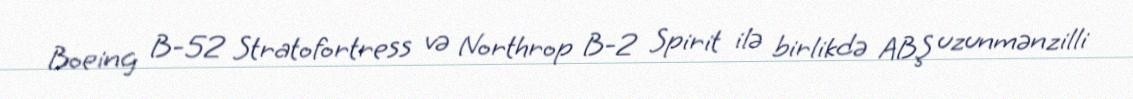
Boeing B-52 Stratofortress və Northrop B-2 Spirit ilə birlikdə ABŞ uzunmənzilli